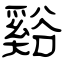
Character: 谿